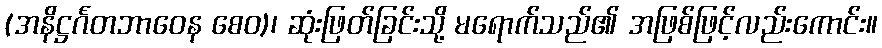
(အနိဋ္ဌင်္ဂတဘာဝေန စေဝ)၊ ဆုံးဖြတ်ခြင်းသို့ မရောက်သည်၏ အဖြစ်ဖြင့်လည်းကောင်း။